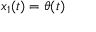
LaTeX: x _ { 1 } ( t ) = \theta ( t )